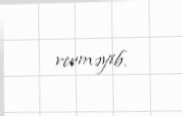
verməyib.